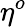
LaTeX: \eta^{o}